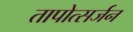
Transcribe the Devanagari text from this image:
तापोत्सर्जन